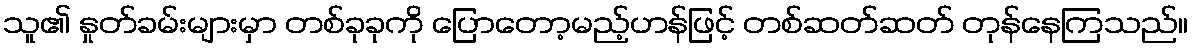
သူ၏ နှုတ်ခမ်းများမှာ တစ်ခုခုကို ပြောတော့မည့်ဟန်ဖြင့် တစ်ဆတ်ဆတ် တုန်နေကြသည်။